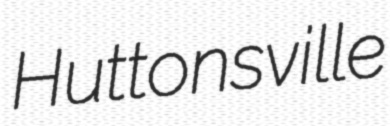
Huttonsville